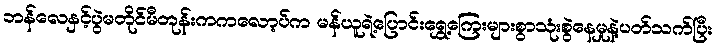
ဘန်လေနှင့်ပွဲမတိုင်မီတုန်းကကလော့ပ်က မန်ယူရဲ့ပြောင်းရွှေ့ကြေးများစွာသုံးစွဲနေမှုနဲ့ပတ်သက်ပြီး